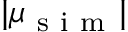
| \mu _ { \mathrm { ~ s ~ i ~ m ~ } } |